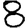
Digit: 8